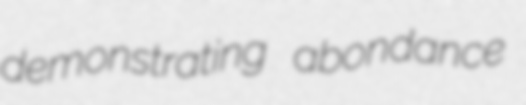
demonstrating abondance